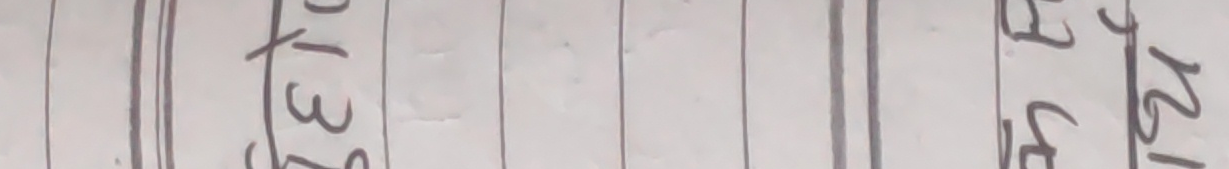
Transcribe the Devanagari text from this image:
०१३९

१२१५९